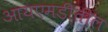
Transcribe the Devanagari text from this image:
आयएमडीतील